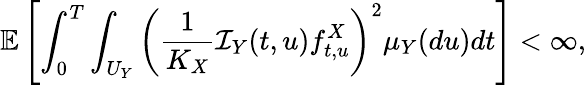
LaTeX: \mathbb{E}\left[\int_{0}^{T}\int_{U_{Y}}\left(\frac{1}{K_{X}}\mathcal{I}_{Y}(t,u)f_{t,u}^{X}\right)^{2}\mu_{Y}(du)dt\right]<\infty,